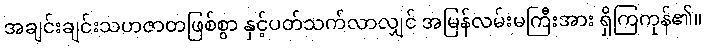
အချင်းချင်းသဟဇာတဖြစ်စွာ နှင့်ပတ်သက်လာလျှင် အမြန်လမ်းမကြီးအား ရှိကြကုန်၏။